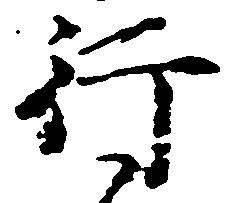
行